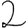
Digit: 2